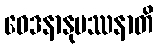
ဝေဒနာနုပဿနာတိ